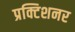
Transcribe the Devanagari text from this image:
प्रक्टिशनर